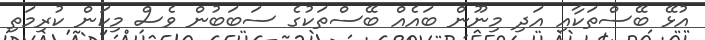
އުޅޭ ބޭސްތަކާއި އަދި މިނޫން ބައެއް ބޭސްތަކުގެ ސަބަބުން ވެސް މިކަން ކުރިމަތި